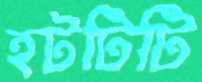
হটটিটি